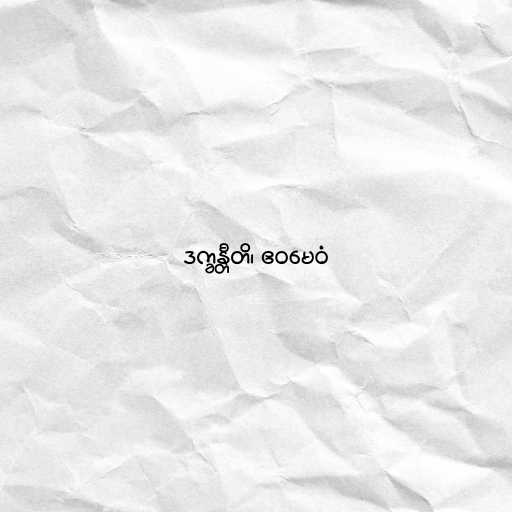
ဒက္ခန္တီတိ၊ ဧဝမေဝံ